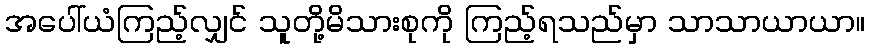
အပေါ်ယံကြည့်လျှင် သူတို့မိသားစုကို ကြည့်ရသည်မှာ သာသာယာယာ။